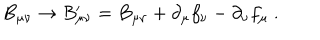
LaTeX: B _ { \mu \nu } \rightarrow B _ { \mu \nu } ^ { \prime } = B _ { \mu \nu } + \partial _ { \mu } f _ { \nu } - \partial _ { \nu } f _ { \mu } ~ .